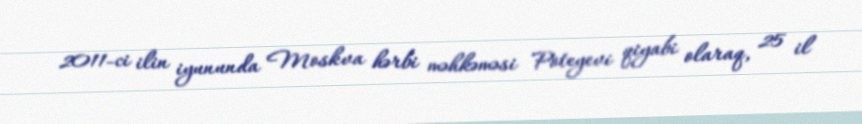
2011-ci ilin iyununda Moskva hərbi məhkəməsi Poteyevi qiyabi olaraq, 25 il